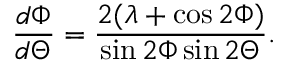
\frac { d \Phi } { d \Theta } = \frac { 2 ( \lambda + \cos 2 \Phi ) } { \sin 2 \Phi \sin 2 \Theta } .